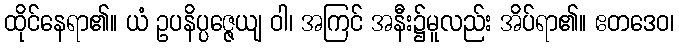
ထိုင်နေရာ၏။ ယံ ဥပနိပ္ပဇ္ဇေယျ ဝါ၊ အကြင် အနီး၌မူလည်း အိပ်ရာ၏။ ဧတဒေဝ၊